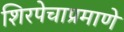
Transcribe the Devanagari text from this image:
शिरपेचाप्रमाणे